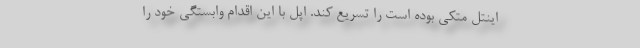
اینتل متکی بوده است را تسریع کند. اپل با این اقدام وابستگی خود را